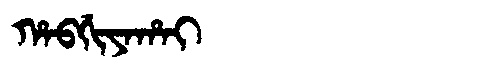
Manchu: ᡥᠠᠪᡤᡳᠶᠠᡥᠠᡳ
Romanization: HABGIYAHAI